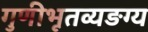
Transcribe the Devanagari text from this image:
गुणीभूतव्यङग्य